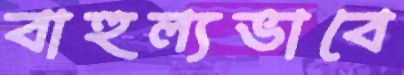
বাহুল্যভাবে